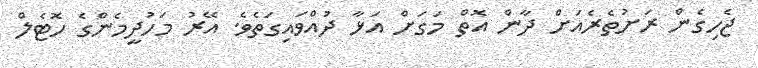
ޖެހިގެން ރަށުތެރެއަށް ދާން އޮތް މަގަށް އަޅާ ދުއްވައިގަތެވެ. އޭރު މަހުދީމެންގެ ހޮޓެލް